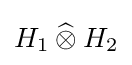
H_{1}\mathbin {\widehat {\otimes }} H_{2}